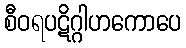
စီဝရပဋိဂ္ဂါဟကောပေ